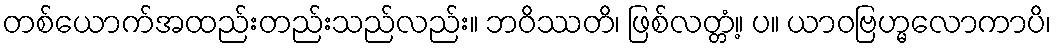
တစ်ယောက်အထည်းတည်းသည်လည်း။ ဘဝိဿတိ၊ ဖြစ်လတ္တံ့။ ပ။ ယာဝဗြဟ္မလောကာပိ၊